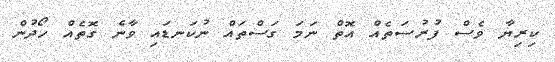
ކިރިޔާ ވެސް ފުރުސަތެއް އޮތް ނަމަ ގަސްތައް ނުކަނޑައި ވާނެ ގޮތެއް ހޯދުން